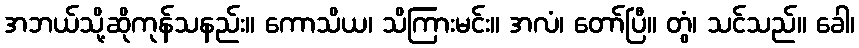
အဘယ်သို့ဆိုကုန်သနည်း။ ကောသိယ၊ သိကြားမင်း။ အလံ၊ တော်ပြီ။ တွံ၊ သင်သည်။ ခေါ၊